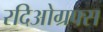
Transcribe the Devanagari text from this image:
रदिओग्रफ्स